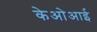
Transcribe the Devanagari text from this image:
केओआई